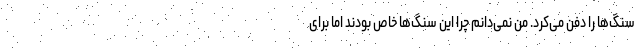
سنگ‌ها را دفن می‌کرد. من نمی‌دانم چرا این سنگ‌ها خاص بودند اما برای